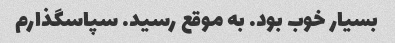
بسیار خوب بود. به موقع رسید. سپاسگذارم